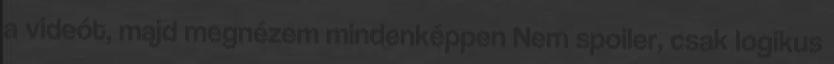
a videót, majd megnézem mindenképpen Nem spoiler, csak logikus